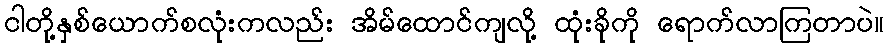
ငါတို့နှစ်ယောက်စလုံးကလည်း အိမ်ထောင်ကျလို့ ထုံးခိုကို ရောက်လာကြတာပဲ။